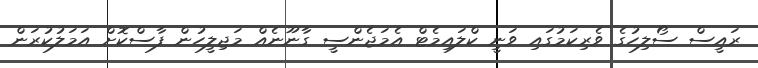
ރައީސް ސޯލިހުގެ ވެރިކަމުގައި ވަނީ ކްލައިމެޓް އެމަޖެންސީ ގާނޫނެއް މަޖިލީހުން ފާސްކޮށް އަމަލުކުރަން